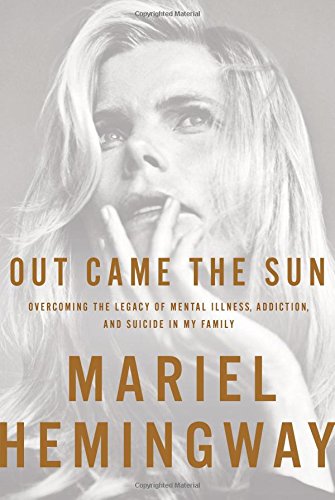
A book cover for Out Came the Sun: Overcoming the Legacy of Mental Illness, Addiction, and Suicide in My Family; Mariel Hemingway; Parenting & Relationships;